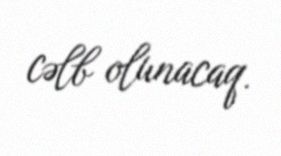
cəlb olunacaq.